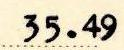
35.45